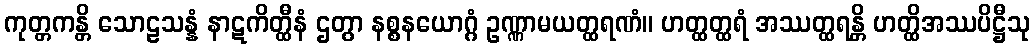
ကုတ္တကန္တိ သောဠသန္နံ နာဋကိတ္ထီနံ ဌတွာ နစ္စနယောဂ္ဂံ ဥဏ္ဏာမယတ္ထရဏံ။ ဟတ္ထတ္ထရံ အဿတ္ထရန္တိ ဟတ္ထိအဿပိဋ္ဌီသု